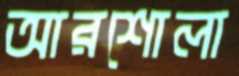
আরশোলা